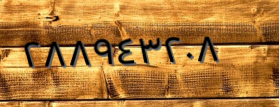
٢٨٨٩٤٣٢٠٨